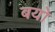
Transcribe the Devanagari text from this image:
बयो